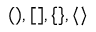
( ) , [ ] , \{ \} , \langle \rangle